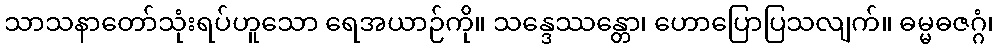
သာသနာတော်သုံးရပ်ဟူသော ရေအယာဉ်ကို။ သန္ဒေဿန္တော၊ ဟောပြောပြသလျက်။ ဓမ္မဓဇဂ္ဂံ၊